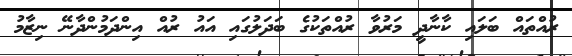
ރުއްތައް ބަލައި ކާނާދީ މަރުވާ ރުއްތަކުގެ ބަދަލުގައި އައު ރުއް އިންދަމުންދާނޭ ނިޒާމު